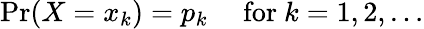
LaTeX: \Pr(X=x_{k})=p_{k}\quad{\mathrm{~for~}}k=1,2,\ldots